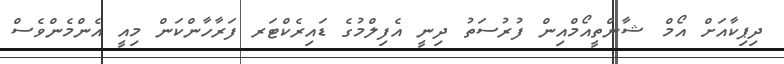
ދިޕިކާއަށް އޯމް ޝާންތީއޯމްއިން ފުރުސަތު ދިނީ އެފިލްމުގެ ޑައިރެކްޓަރ ފަރާހާންކަން މިއީ އެންމެންވެސް